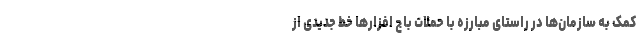
کمک به سازمان‌ها در راستای مبارزه با حملات باج افزارها خط جدیدی از